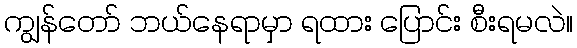
ကျွန်တော် ဘယ်နေရာမှာ ရထား ပြောင်း စီးရမလဲ။